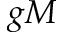
g M